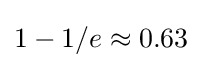
1-1/e\approx 0.63